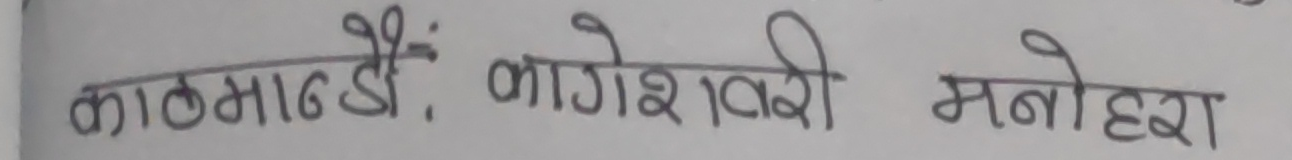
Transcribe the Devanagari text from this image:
काठमाण्डौं, कागेश्वरी मनोहरा